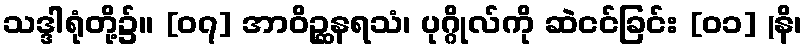
သဒ္ဒါရုံတို့၌။ [၀၇] အာဝိဉ္ဆနရသံ၊ ပုဂ္ဂိုလ်ကို ဆဲငင်ခြင်း [၀၁] (နိ၊